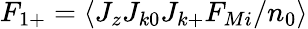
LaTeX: F_{1+}=\langle J_{z}J_{k0}J_{k+}F_{Mi}/n_{0}\rangle